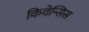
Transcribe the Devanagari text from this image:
किवेन्सिस